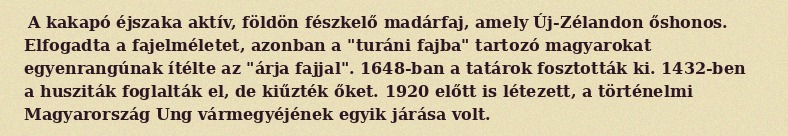
A kakapó éjszaka aktív, földön fészkelő madárfaj, amely Új-Zélandon őshonos. Elfogadta a fajelméletet, azonban a "turáni fajba" tartozó magyarokat egyenrangúnak ítélte az "árja fajjal". 1648-ban a tatárok fosztották ki. 1432-ben a husziták foglalták el, de kiűzték őket. 1920 előtt is létezett, a történelmi Magyarország Ung vármegyéjének egyik járása volt.